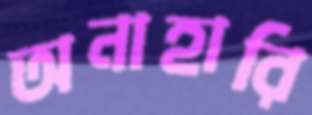
অনাহারি